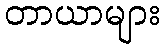
တာယာများ